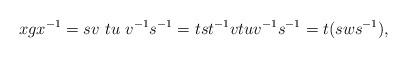
LaTeX: \begin{align*}xgx^{-1} = sv\ tu\ v^{-1} s^{-1} = t s t^{-1} vt uv^{-1}s^{-1} = t (s w s^{-1}),\end{align*}